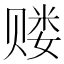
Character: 𲃅